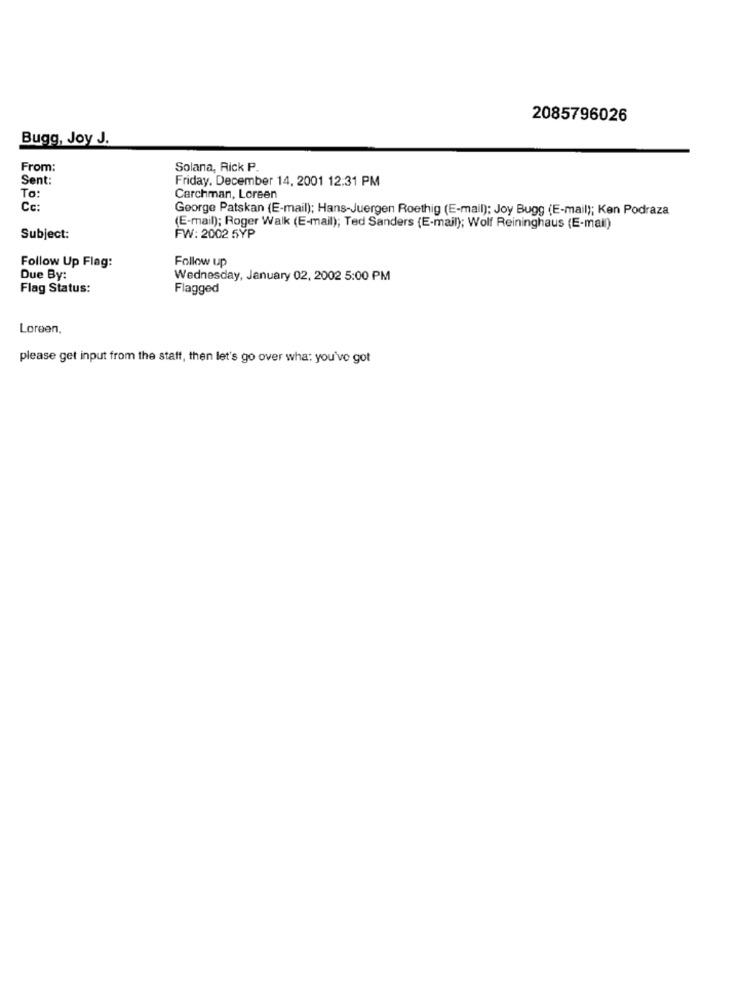
2085796026
Bugg, Joy J.
From:
Solana, Rick P.
Sent:
Friday, December 14, 2001 12:31 PM
To:
Carchman, Loreen
Cc:
George Patskan (E-mail); Hans-Juergen Roethig (E-mail): Joy Bugg (E-mail); Ken Podraza
(E-mail); Roger Walk (E-mail); Ted Sanders (E-mail); Wolf Reininghaus (E-mail)
Subject:
FW: 2002 5YP
Follow up
Follow Up Flag:
Due By:
Wednesday, January 02, 2002 5:00 PM
Flag Status:
Flagged
Loreen,
please get input from the staff, then let's go over wha: you've got